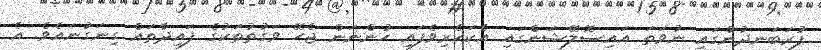
ފުރަބަނދުންގައި ނުވަތަ އައިސޮލޭޝަންގައި އެކަހެރިވެފައި ހުންނަން ޖެހޭ ވަގުތުތަކުގެ ފައިދާތައް ގިނަގުނައެވެ. އެ